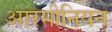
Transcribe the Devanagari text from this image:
आरमीनियन